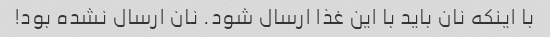
با اینکه نان باید با این غذا ارسال شود. نان ارسال نشده بود!